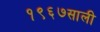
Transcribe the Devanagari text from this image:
१९६७साली